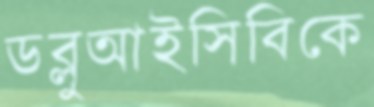
ডব্লুআইসিবিকে